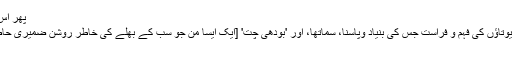
پھر اس سے بھی اوپر بدھ متی
تنتریان – یعنی دیوی، دیوتاؤں کی فہم و فراست جس کی بنیاد وپاسنا، سماتھا، اور 'بودھی چت' [ایک ایسا من جو سب کے بھلے کی خاطر روشن ضمیری حاصل کرنے کا متمنی ہو]
ہیں۔